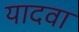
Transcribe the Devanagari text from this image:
यादवा